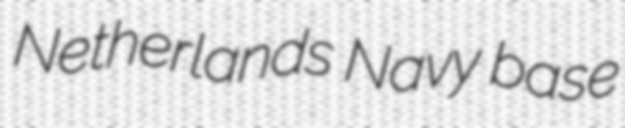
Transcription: Netherlands Navy base